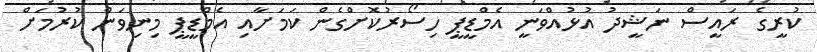
ކުރީގެ ރައީސް ނަޝީދު އުޅުއްވަނީ އެމްޑީޕީ ހިސޯރުކޮށްގެން ކަމަށާއި އެމްޑީޕީ މިނިވަން ކުރުމަށް